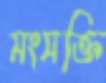
সংসক্তি